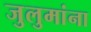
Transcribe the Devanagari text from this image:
जुलुमांना